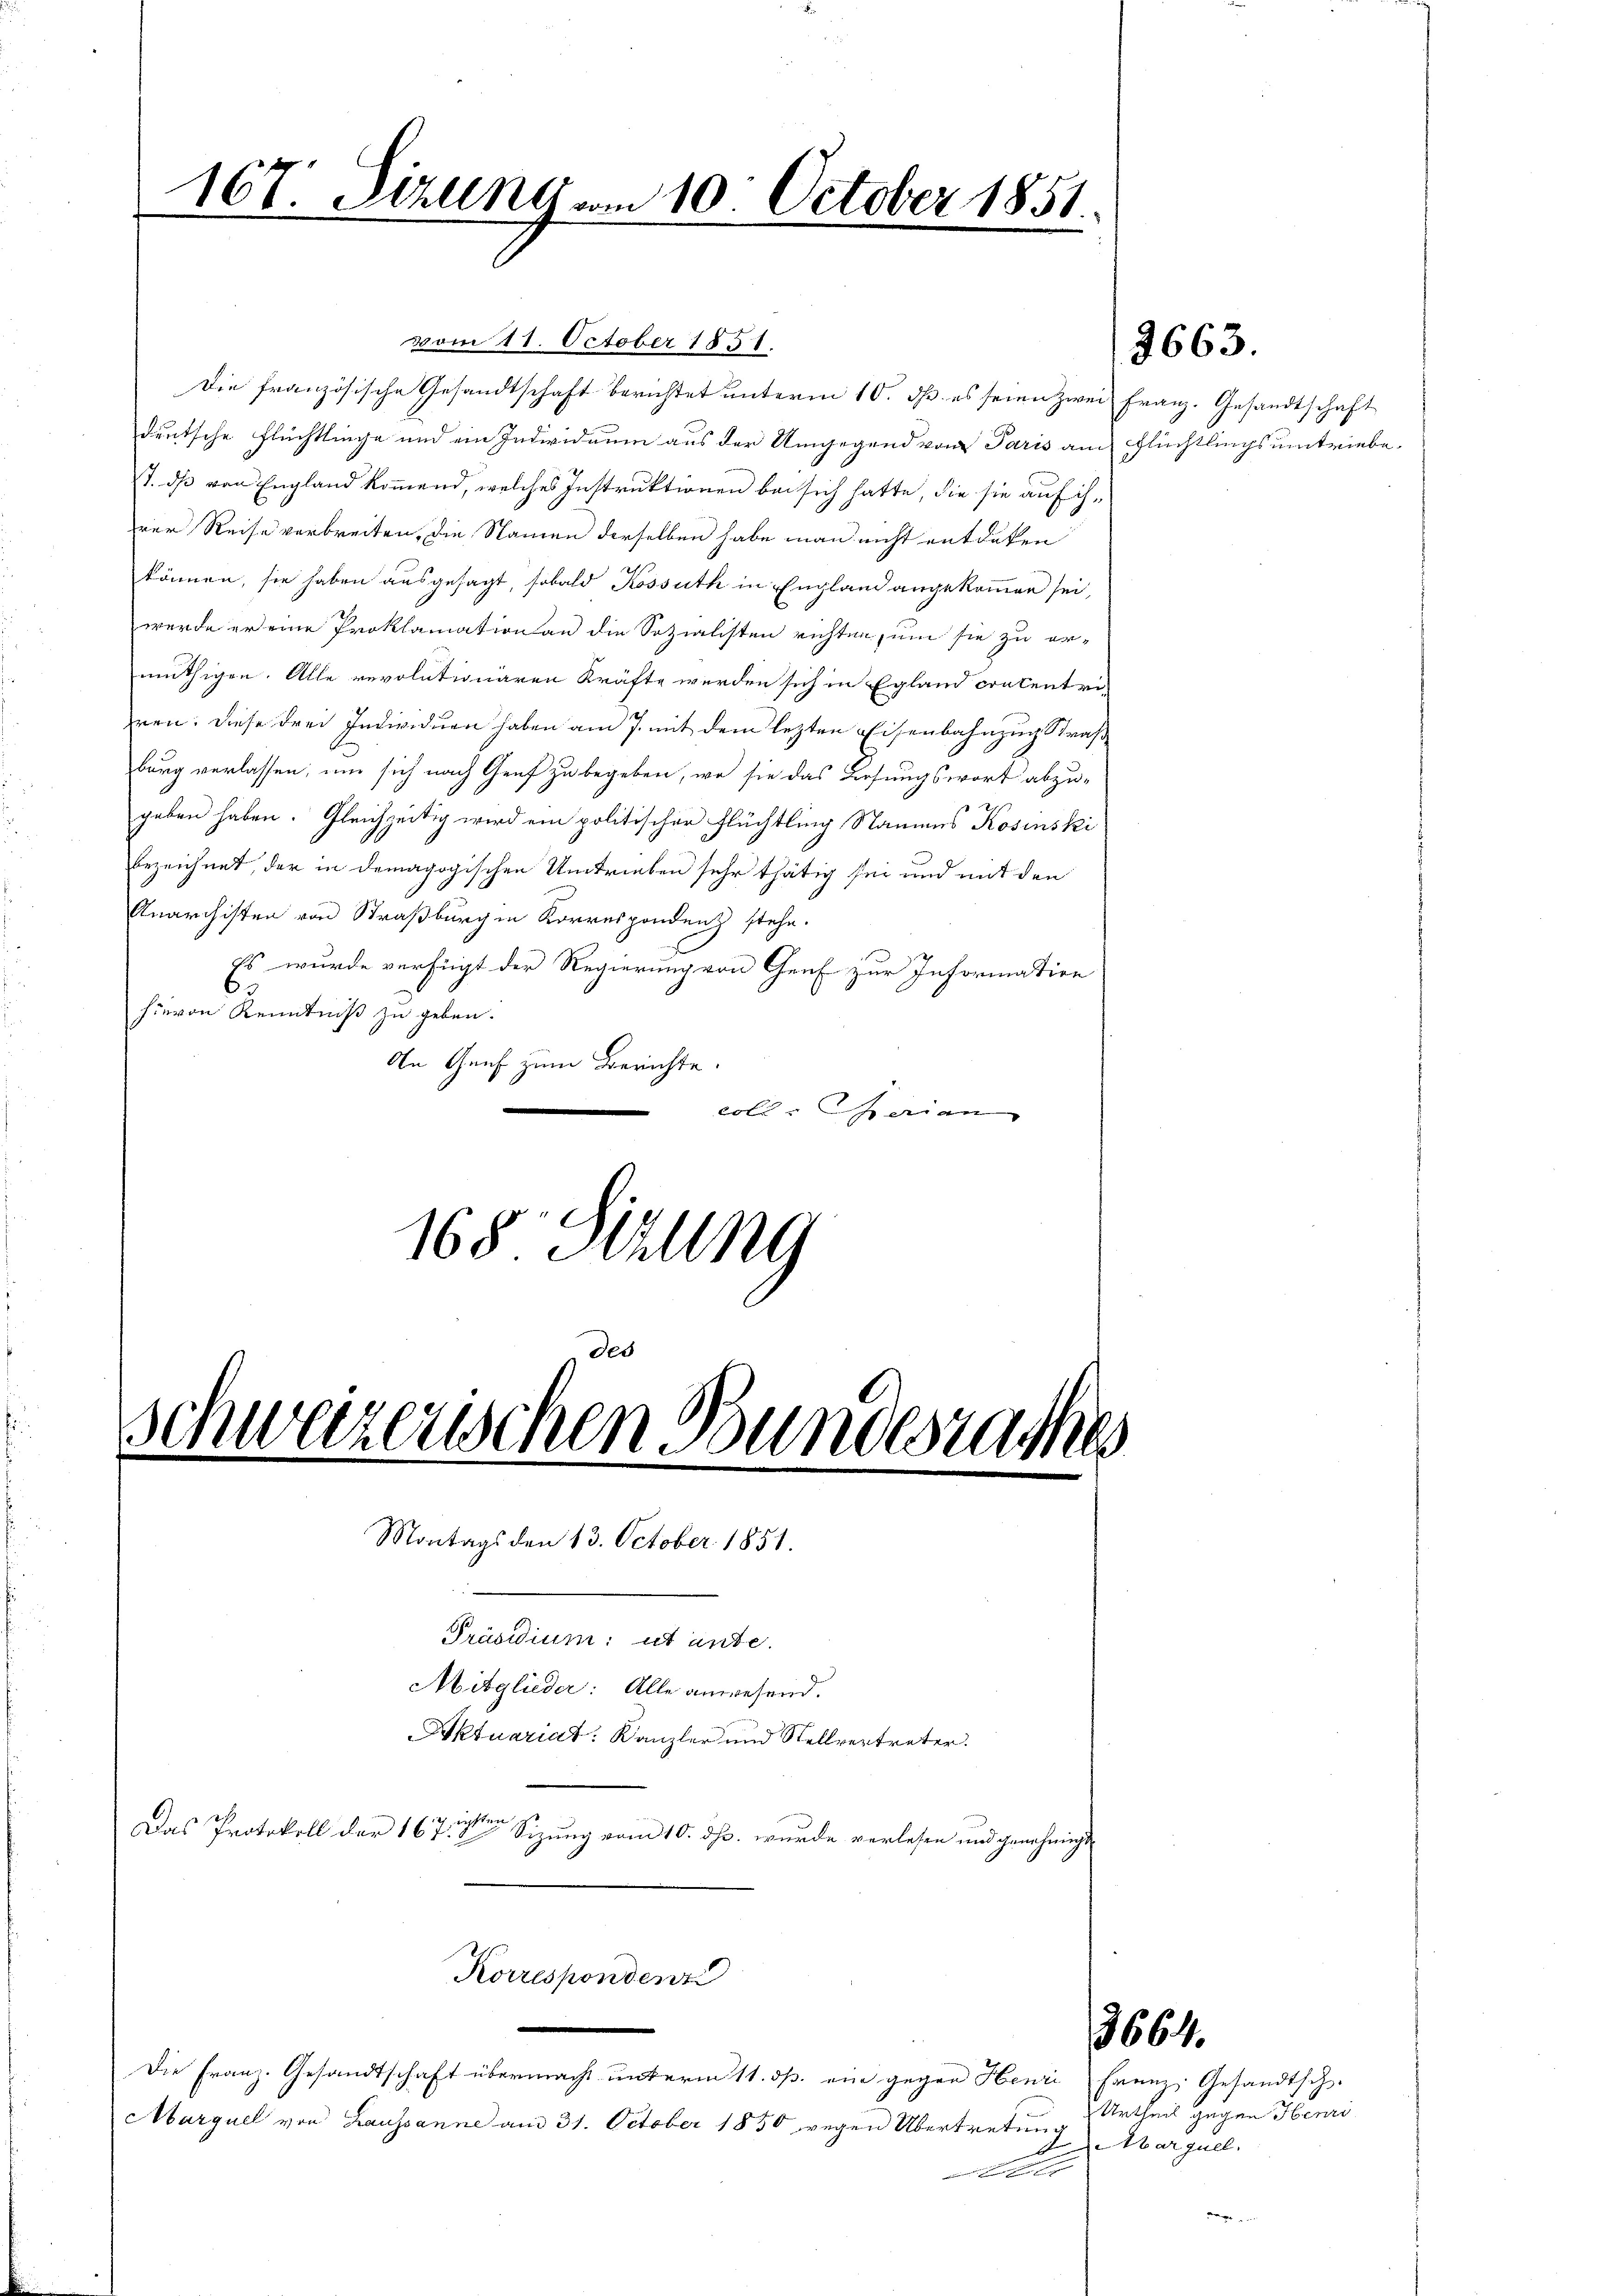
167. Sitzung vom 10. October 1851.

vom 11. October 1851.
Die französische Gesandtschaft berichtet unterm 10. d. es seien zwei Franz. Gesandtschaft
deutsche Flüchtlinge und ein Individuum aus der Umgegend von Paris am Flüchtlings umtriebe,
st. dß von England kommend, welches Instruktionen bei sich hatte, die sie auf ih-
rer Reise verbreiten, die Namen derselben habe man nicht entdeken
können, sie haben ausgesagt, sobald Kossuth in England angekommen sei,
werde er eine Proklamation an die Sozialisten richten, um sie zu er-
müthigen. Alle revolutionären Kräfte werden sich in Egland concentri-
ren. Diese drei Individuen haben am 7. mit dem lezten Eisenbahnzug Straß
burg verlassen, um sich nach Genf zu begeben, wo sie das Lesungswort abzu-
geben haben. Gleichzeitig wird ein politischer Flüchtling Naumes Kosinski
bezeichnet, der in demagogischen Umtrieben sehr thätig sei und mit den
Anarchisten von Straßburg in Korrespondenz stehe.
Es wurde verfügt der Regierung von Graf zur Information
63
hievon Kenntniß zu geben.
An Genf zum Berichte.
Colle perian
168 Sizung
des

Mitglieder: Alle anwesend.

schweizerischen Bundesrathes
d
Montags den 13. October 1851.

Korrespondent
Die Franz. Gesandtschaft übermacht unterm 11. ds. ein gegen Henri Franz Gesandtsch-
Marquel von Lausanne am 31. October 1850 wegen Übertretung
An

Präsidium: ut ante-
Aktuariat: Kanzler und Stellvertreter.
ich nichten
Das Protokoll der 167. 8 Sizung vom 10. ds. wurde verlesen und genehmigt.

3664.

2663.

Urtheil gegen Henri
Abarguel.